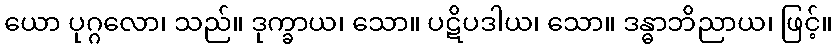
ယော ပုဂ္ဂလော၊ သည်။ ဒုက္ခာယ၊ သော။ ပဋိပဒါယ၊ သော။ ဒန္ဓာဘိညာယ၊ ဖြင့်။